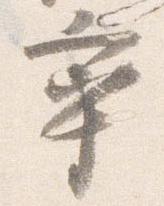
率